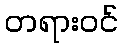
တရားဝင်